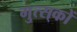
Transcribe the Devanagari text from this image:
गुत्स्‌कों